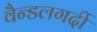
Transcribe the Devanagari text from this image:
वैन्डलगर्दी